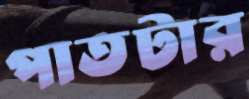
পাতটার